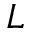
L